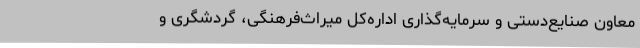
معاون صنایع‌دستی و سرمایه‌گذاری اداره‌کل میراث‌فرهنگی، گردشگری و